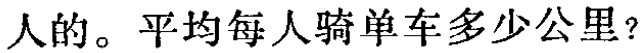
人的。平均每人骑单车多少公里?